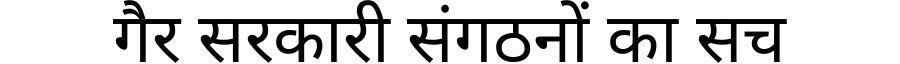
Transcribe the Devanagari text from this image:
गैर सरकारी संगठनों का सच